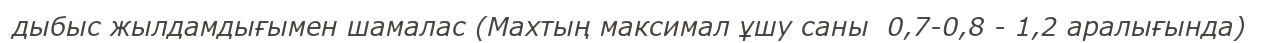
дыбыс жылдамдығымен шамалас (Махтың максимал ұшу саны  0,7-0,8 - 1,2 аралығында)